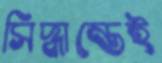
সিদ্ধান্তেই